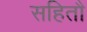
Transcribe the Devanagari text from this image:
सहितौ